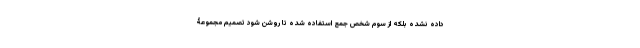
داده نشده بلکه از سوم شخص جمع استفاده شده تا روشن شود تصمیم مجموعۀ